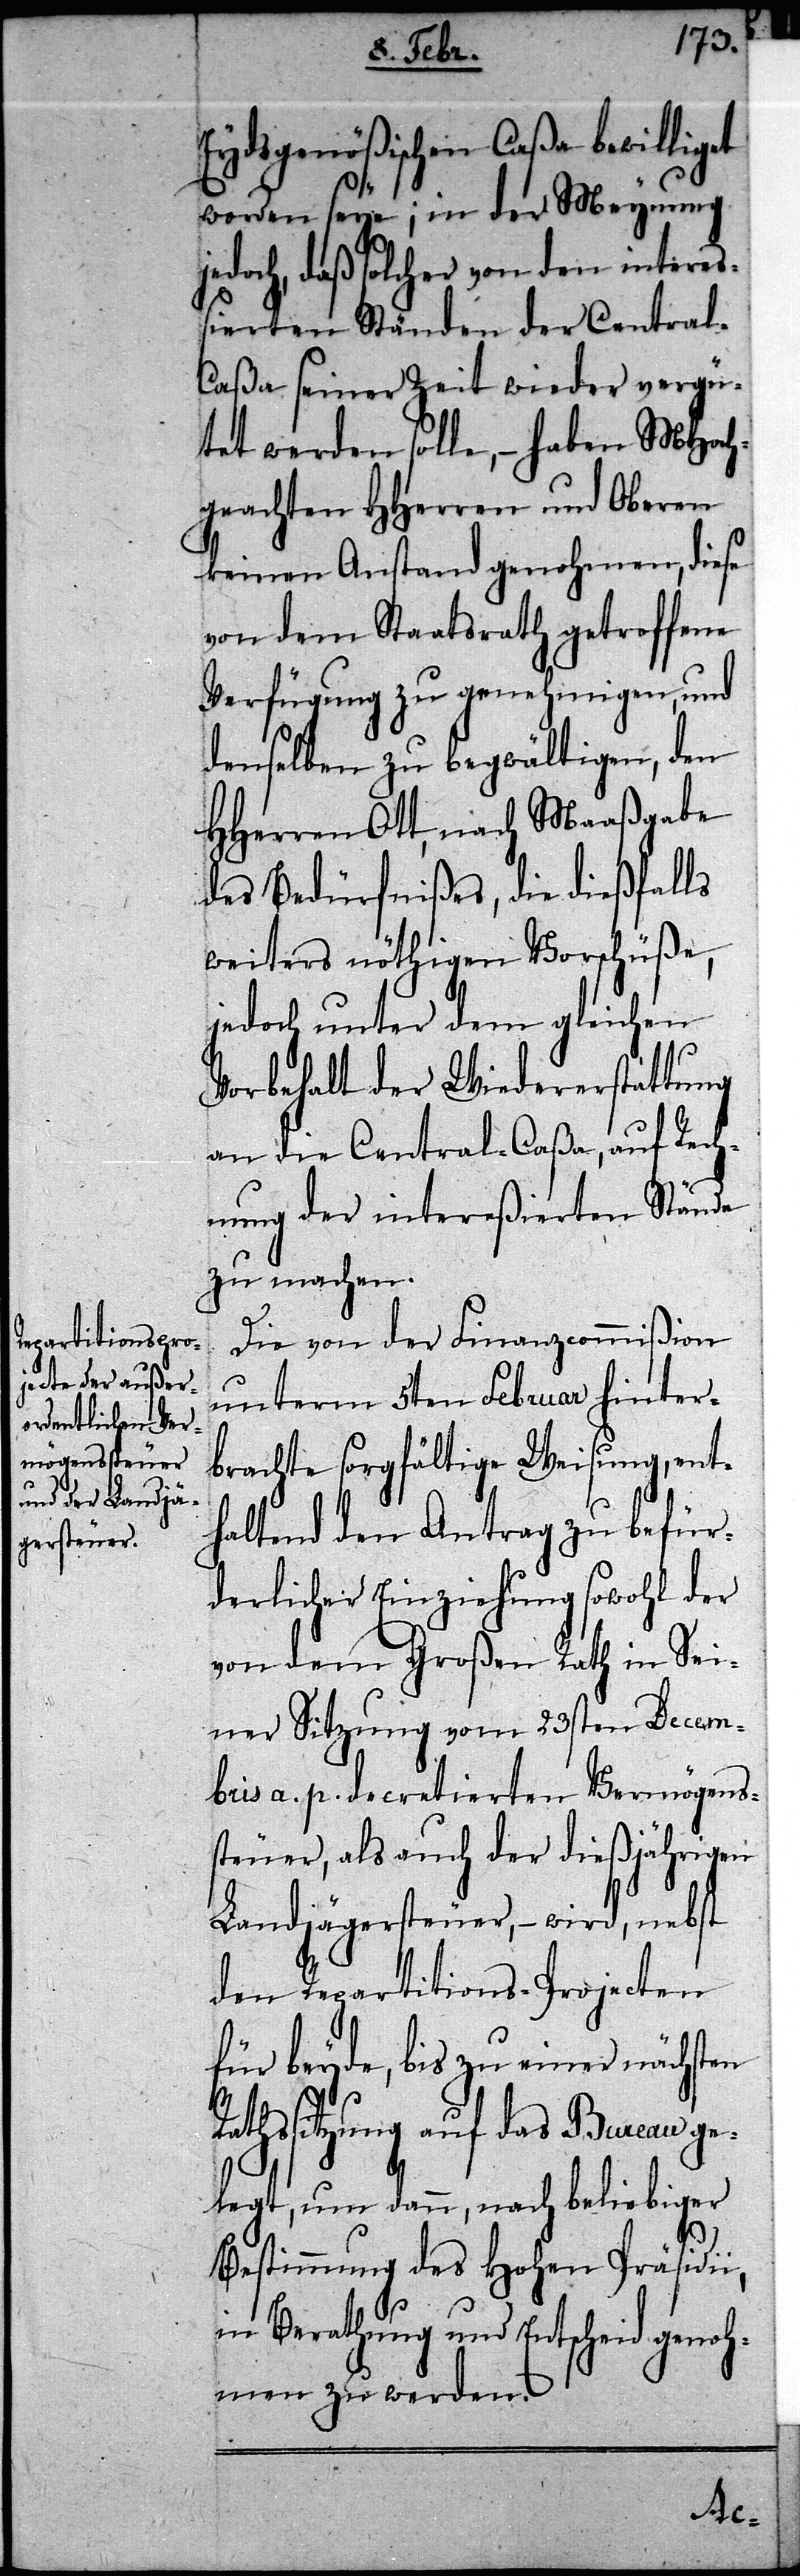
Eydsgenößischen Caßa bewilliget
worden seye; in der Meynung
jedoch, daß solcher von den intere¬
ßierten Ständen der Central-C¬
aßa seiner Zeit wieder vergü¬
tet werden solle, – haben MHoch¬
geachten HHerren und Oberen
keinen Anstand genohmen, diese
von dem Staatsrath getroffene
Verfügung zu genehmigen, und
denselben zu begwältigen, den
HHerren Ott, nach Maaßgabe
des Bedürfnißes, die dießfalls
weiters nöthigen Vorschüße,
jedoch unter dem gleichen
Vorbehalt der Wiedererstattung
an die Central-Caßa, auf Rech¬
nung der intereßierten Stände
zu machen.
Die von der Finanzcommißion
unterm 5ten Februar hinter¬
brachte sorgfältige Weisung, ent¬
haltend den Antrag zu befür¬
derlicher Einziehung sowohl der
von dem Großen Rath in Sei¬
ner Sitzung vom 23sten Decem¬
bris a. p. decretierten Vermögens¬
steuer, als auch der dießjährigen
Landjägersteuer, – wird, nebst
den Repartitons-Projecten
für beyde, bis zu einer nächsten
Rathssitzung auf das Bureau ge¬
legt, um dann, nach beliebiger
Bestimmung des Hohen Präsidi¬
in Berathung und Entscheid genoh¬
men zu werden.
i,